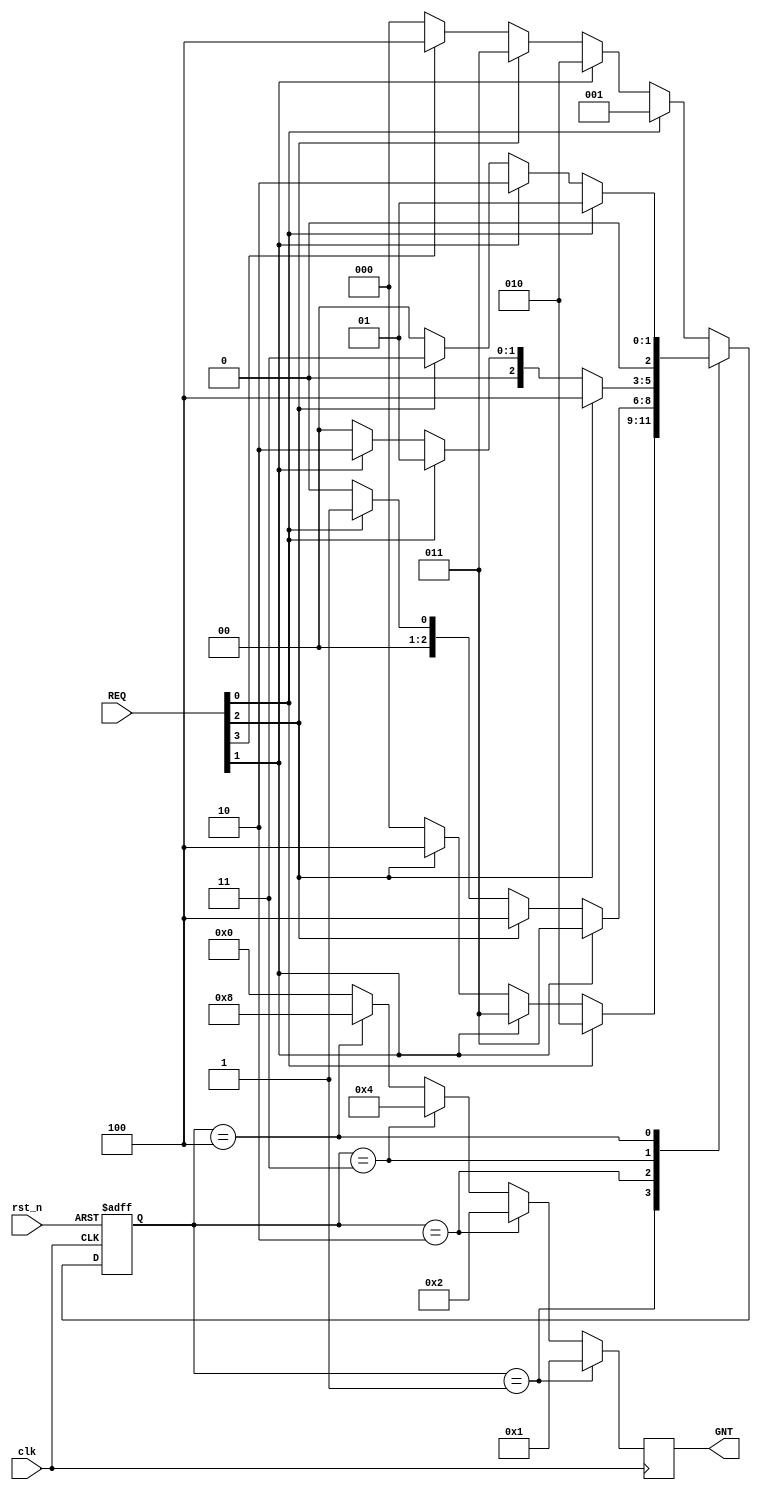
module roundrobin_arbiter(
    input clk, rst_n,           // Clock ve reset sinyalleri
    input [3:0] REQ,           // Talep sinyali girii
    output reg [3:0] GNT       // zin sinyali k
);
    reg [2:0] pr_state;         // nceki durum (priority state)
    reg [2:0] nxt_state;        // Sonraki durum (next state)

    parameter [2:0] Sideal = 3'b000; // deal durum parametresi
    parameter [2:0] S0 = 3'b001;    // Durum 0 parametresi
    parameter [2:0] S1 = 3'b010;    // Durum 1 parametresi
    parameter [2:0] S2 = 3'b011;    // Durum 2 parametresi
    parameter [2:0] S3 = 3'b100;    // Durum 3 parametresi

    // nceki durumun sfrlanmas veya sonraki duruma gei
    always @(posedge clk or negedge rst_n) begin
        if (!rst_n) begin
            pr_state <= Sideal; // Balang durumu sfrlanyor.
        end else begin
            pr_state <= nxt_state; // Sonraki duruma gei yaplyor.
        end
    end

    // Sonraki durumu belirleyen kombinatorik mantk
    always @(*) begin
        case (pr_state)
            S0: begin
                if (REQ[0])
                    nxt_state = S1; // Talep 0 iin S1'e gei
                else if (REQ[1])
                    nxt_state = S2; // Talep 1 iin S2'ye gei
                else if (REQ[2])
                    nxt_state = S3; // Talep 2 iin S3'e gei
                else
                    nxt_state = Sideal; // Hibir talep yok, ideal duruma geri dnlyor.
            end
            S1: begin
                if (REQ[1])
                    nxt_state = S2; // Talep 1 iin S2'ye gei
                else if (REQ[2])
                    nxt_state = S3; // Talep 2 iin S3'e gei
                else if (REQ[0])
                    nxt_state = S0; // Talep 0 iin S0'a gei
                else
                    nxt_state = Sideal;
            end
            S2: begin
                if (REQ[2])
                    nxt_state = S3; // Talep 2 iin S3'e gei
                else if (REQ[0])
                    nxt_state = S0; // Talep 0 iin S0'a gei
                else if (REQ[1])
                    nxt_state = S1; // Talep 1 iin S1'e gei
                else
                    nxt_state = Sideal;
            end
            S3: begin
                if (REQ[0])
                    nxt_state = S0; // Talep 0 iin S0'a gei
                else if (REQ[1])
                    nxt_state = S1; // Talep 1 iin S1'e gei
                else if (REQ[2])
                    nxt_state = S2; // Talep 2 iin S2'ye gei
                else
                    nxt_state = Sideal;
            end
            default: begin
                if (REQ[0])
                    nxt_state = S0; // Talep 0 iin S0'a gei
                else if (REQ[1])
                    nxt_state = S1; // Talep 1 iin S1'e gei
                else if (REQ[2])
                    nxt_state = S2; // Talep 2 iin S2'ye gei
                else if (REQ[3])
                    nxt_state = S3; // Talep 3 iin S3'e gei
                else
                    nxt_state = Sideal;
            end
        endcase
    end

    // zin sinyalinin belirlenmesi
    always @(posedge clk) begin
        GNT <= (pr_state == S0) ? 4'b0001 :   // Durum S0 ise izin sinyali 0001
               (pr_state == S1) ? 4'b0010 :   // Durum S1 ise izin sinyali 0010
               (pr_state == S2) ? 4'b0100 :   // Durum S2 ise izin sinyali 0100
               (pr_state == S3) ? 4'b1000 :   // Durum S3 ise izin sinyali 1000
               4'b0000; // Dier durumlarda izin sinyali sfr
    end

endmodule